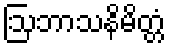
ဩဘာသနိမိတ္တံ